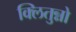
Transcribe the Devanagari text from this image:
क्लितुन्नो